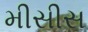
મીસીસ